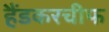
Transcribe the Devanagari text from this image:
हैंडकरचीफ